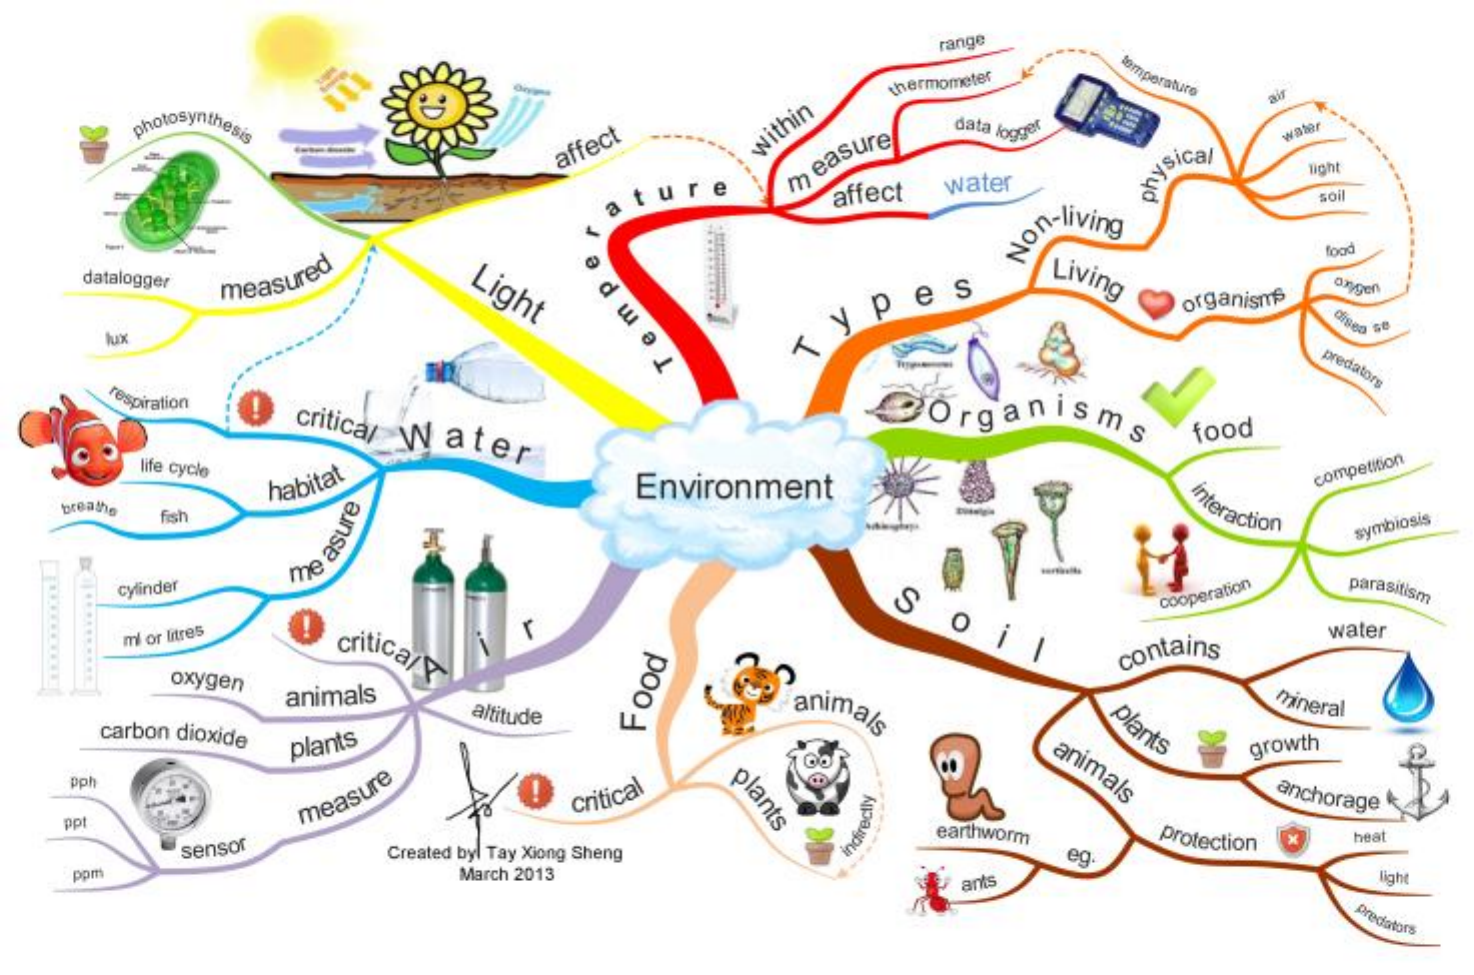
range
     temperature thermometer
    photosynthesis    data logger
     affect within    water
     light
     ature
     measure
     affect water physical
     soil
     Non-living
     Light    Living
     food
   datalogger measured
     organisms
     disso
    lux
     < y
     pes
     predators
    respiration
     Tempe
     critica/ Water   2Organisms food
    life cycle
     habitat    Environment
     interaction
     competition
  breathe fish
     symbiosis
     -
    cylinder
     me
     asure
     S    parasitism
     critical
     O
     cooperation
    ml or litres    water
     contains
     oxygen
     animals
     altitude animals  plants
     mineral
   carbon dioxide
     Food
     plants
     animals
     growth
  pph
     plants critical anchorage
  ppt
     measure
     earthworm
     Created byl Tay Xiong Sheng
     protection sensor
     X heat
     indirectly
     eg
   ppm    March 2013    ants    light
     predators